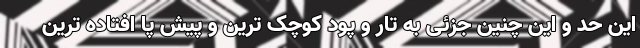
این حد و این چنین جزئی به تار و پود کوچک ترین و پیش پا افتاده ترین